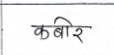
मजकूर: कबीर